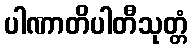
ပါဏာတိပါတီသုတ္တံ